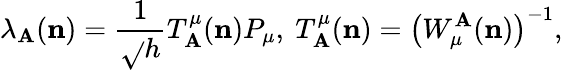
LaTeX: {}\lambda_{\mathbf{A}}({\mathbf{n}})=\frac{{1}}{{\sqrt{}{{h}}}}T_{\mathbf{A}}^{\mu}({\mathbf{n}})P_{\mu},\ T_{\mathbf{A}}^{\mu}({\mathbf{n}})=\left(W_{\mu}^{\mathbf{A}}({\mathbf{n}})\right)^{-1},